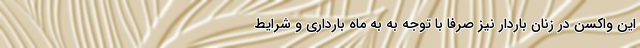
این واکسن در زنان باردار نیز صرفا با توجه به به ماه بارداری و شرایط